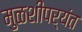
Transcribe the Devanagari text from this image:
मुळशीपर्यंत